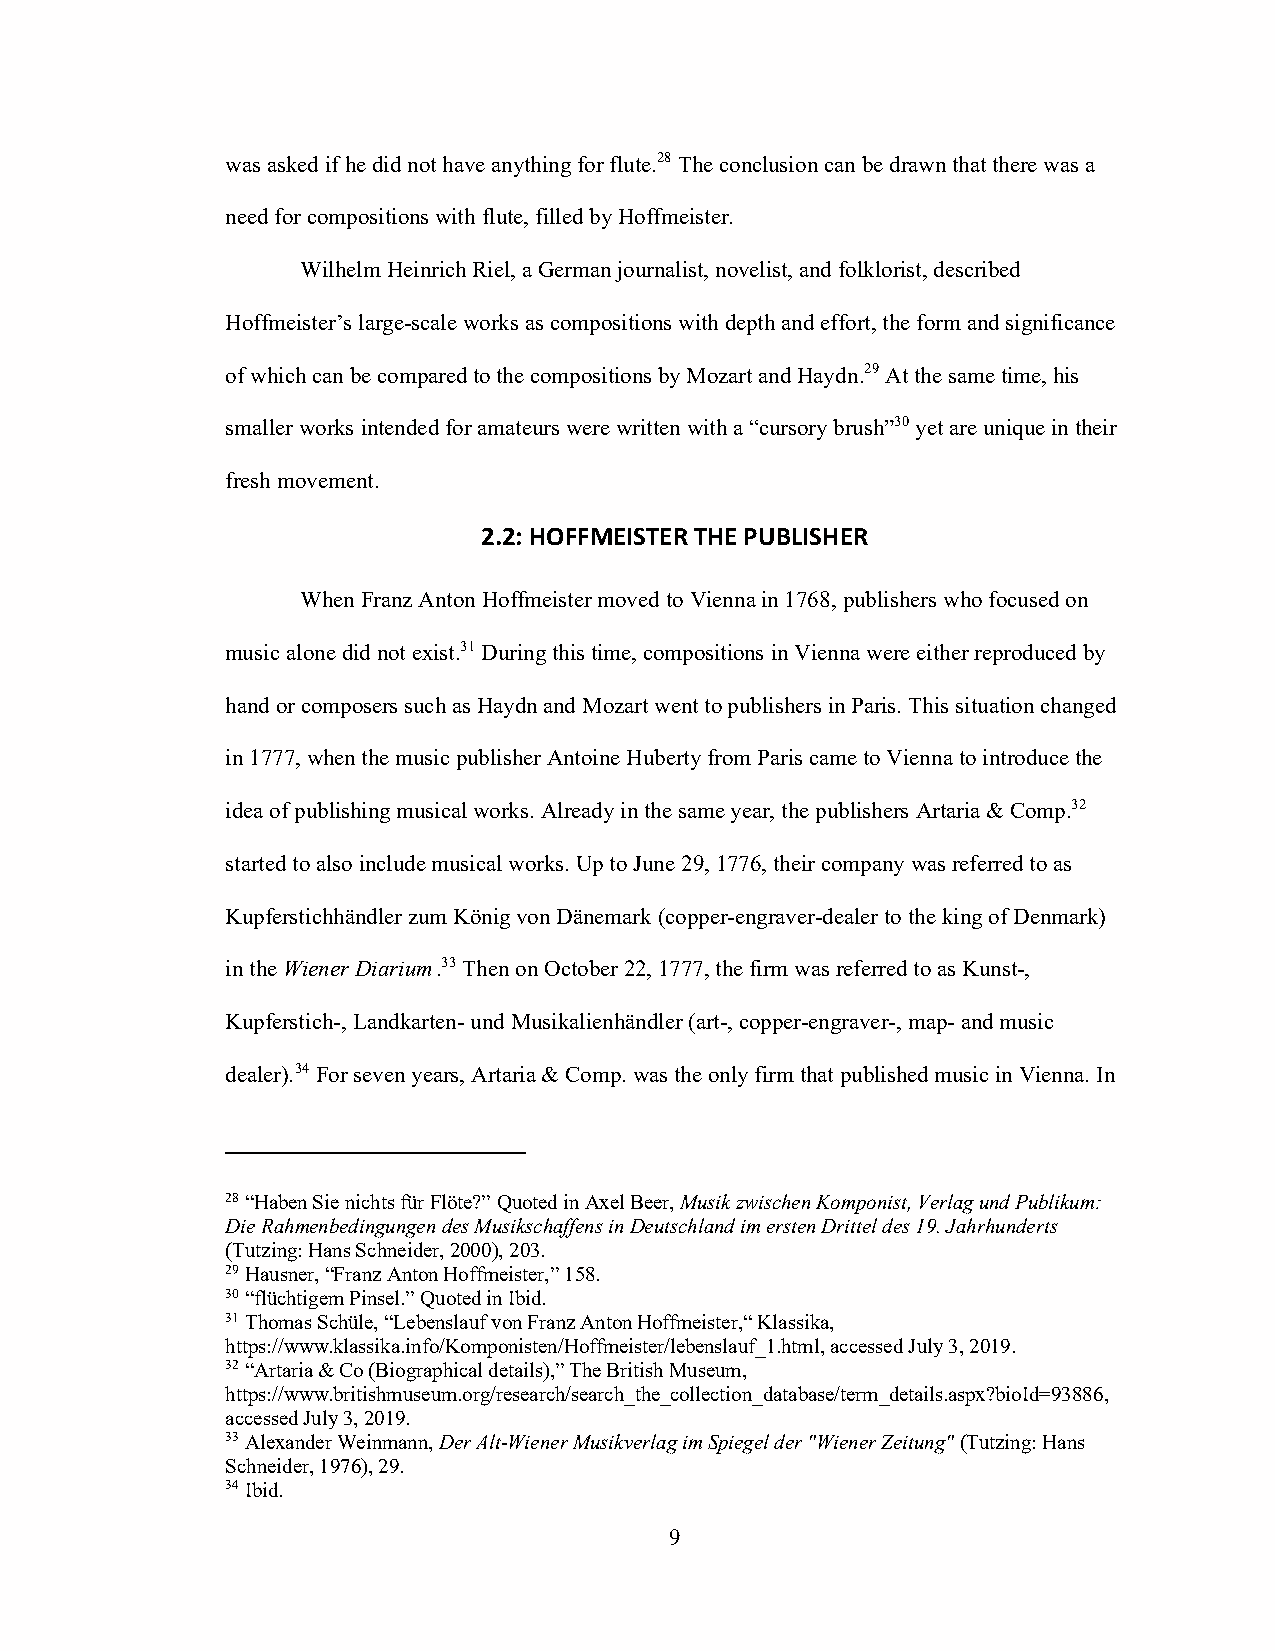
was asked if he did not have anything for flute.28 The conclusion can be drawn that there was a
 need for compositions with flute, filled by Hoffmeister.
 Wilhelm Heinrich Riel, a German journalist, novelist, and folklorist, described
 Hoffmeister’s large-scale works as compositions with depth and effort, the form and significance
 of which can be compared to the compositions by Mozart and Haydn.29 At the same time, his
 smaller works intended for amateurs were written with a “cursory brush”30 yet are unique in their
 fresh movement.
 2.2: HOFFMEISTER THE PUBLISHER
 When Franz Anton Hoffmeister moved to Vienna in 1768, publishers who focused on
 music alone did not exist.31 During this time, compositions in Vienna were either reproduced by
 hand or composers such as Haydn and Mozart went to publishers in Paris. This situation changed
 in 1777, when the music publisher Antoine Huberty from Paris came to Vienna to introduce the
 idea of publishing musical works. Already in the same year, the publishers Artaria & Comp.32
 started to also include musical works. Up to June 29, 1776, their company was referred to as
 Kupferstichhändler zum König von Dänemark (copper-engraver-dealer to the king of Denmark)
 in the Wiener Diarium .33 Then on October 22, 1777, the firm was referred to as Kunst-,
 Kupferstich-, Landkarten- und Musikalienhändler (art-, copper-engraver-, map- and music
 dealer).34 For seven years, Artaria & Comp. was the only firm that published music in Vienna. In
 28 “Haben Sie nichts für Flöte?” Quoted in Axel Beer, Musik zwischen Komponist, Verlag und Publikum:
 Die Rahmenbedingungen des Musikschaffens in Deutschland im ersten Drittel des 19. Jahrhunderts
 (Tutzing: Hans Schneider, 2000), 203.
 29 Hausner, “Franz Anton Hoffmeister,” 158.
 30 “flüchtigem Pinsel.” Quoted in Ibid.
 31 Thomas Schüle, “Lebenslauf von Franz Anton Hoffmeister,“ Klassika,
 https://www.klassika.info/Komponisten/Hoffmeister/lebenslauf_1.html, accessed July 3, 2019.
 32 “Artaria & Co (Biographical details),” The British Museum,
 https://www.britishmuseum.org/research/search_the_collection_database/term_details.aspx?bioId=93886,
 accessed July 3, 2019.
 33 Alexander Weinmann, Der Alt-Wiener Musikverlag im Spiegel der "Wiener Zeitung" (Tutzing: Hans
 Schneider, 1976), 29.
 34 Ibid.
 9